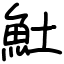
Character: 𩵚